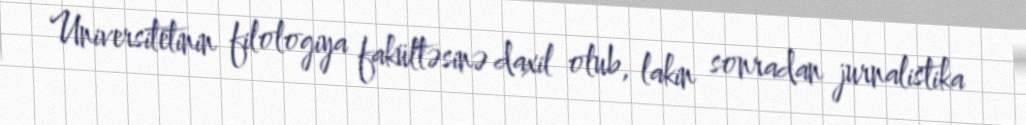
Universitetinin filologiya fakültəsinə daxil olub, lakin sonradan jurnalistika